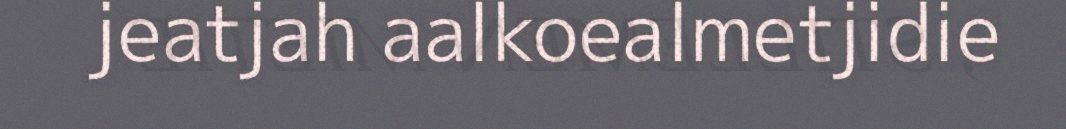
jeatjah aalkoealmetjidie